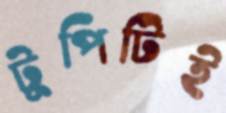
টুপিটিই